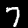
Label: 7